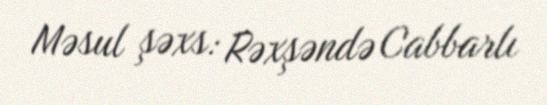
Məsul şəxs: Rəxşəndə Cabbarlı